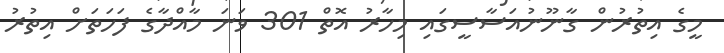
މީގެ އިތުރުން ގާނޫނުއަސާސީގައި މިހާރު އޮތް 301 ވަނަ މާއްދާގެ ފަހަތަށް އިތުރު